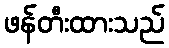
ဖန်တီးထားသည်